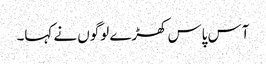
آس پاس کھڑے لوگوں نے کہا۔